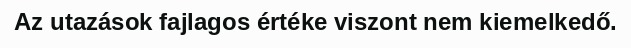
Az utazások fajlagos értéke viszont nem kiemelkedő.